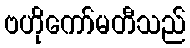
ဗဟိုကော်မတီသည်